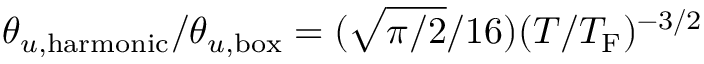
\theta _ { u , \mathrm { h a r m o n i c } } / \theta _ { u , \mathrm { b o x } } = ( \sqrt { \pi / 2 } / 1 6 ) ( T / T _ { \mathrm { F } } ) ^ { - 3 / 2 }